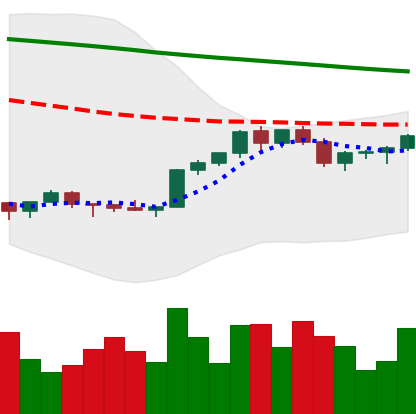
Ticker: XMR-USD
Chart end date: 2022-02-15
Forward return: -15.592%
Label: down_7plus